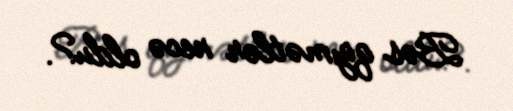
Bəs qiymətlər necə oldu?.